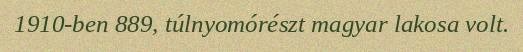
1910-ben 889, túlnyomórészt magyar lakosa volt.